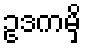
ဥဒကမှိ